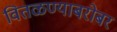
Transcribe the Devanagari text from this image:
वितळण्याबरोबर